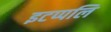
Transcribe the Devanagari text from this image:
इटप्पलि